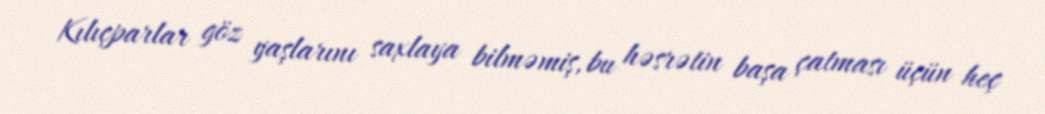
Kılıçparlar göz yaşlarını saxlaya bilməmiş, bu həsrətin başa çatması üçün heç